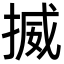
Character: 揻